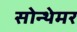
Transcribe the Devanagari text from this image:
सोन्थेमर